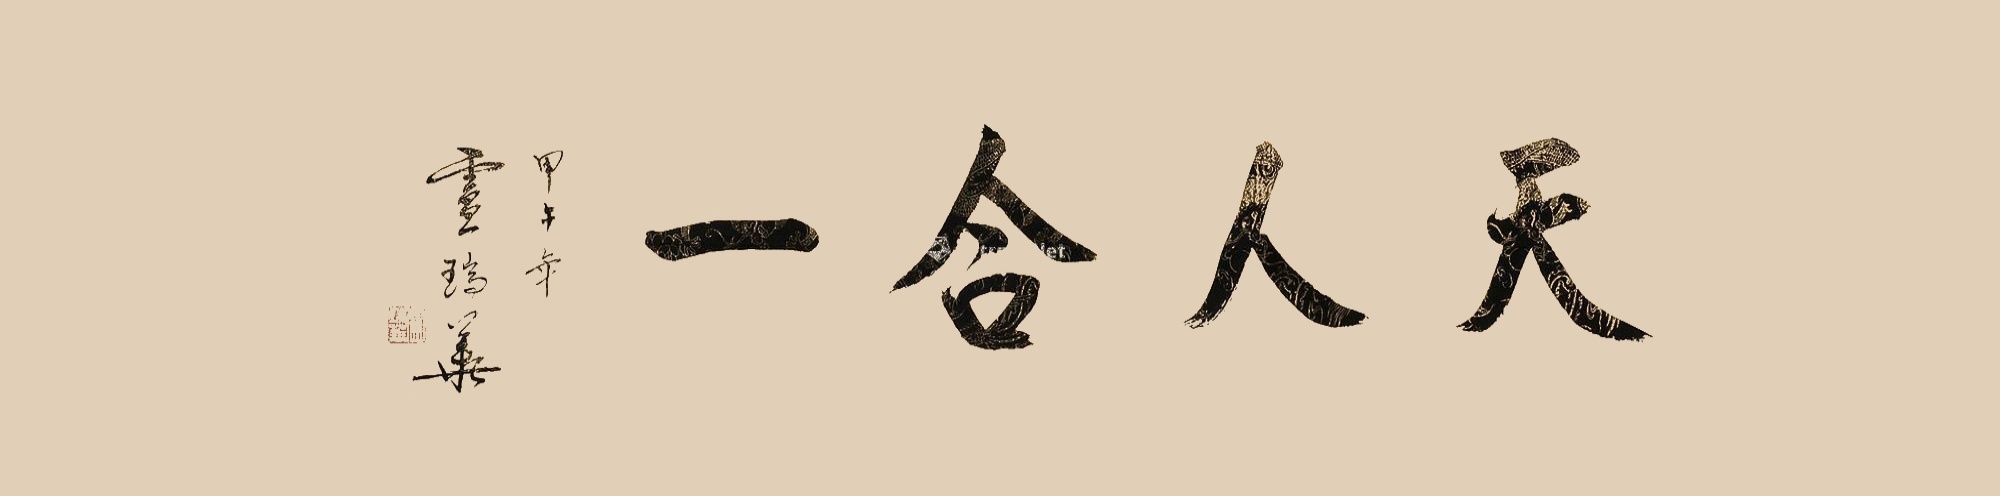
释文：天人合一。甲午年庐瑞华。